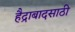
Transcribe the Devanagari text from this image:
हैद्राबादसाठी